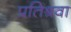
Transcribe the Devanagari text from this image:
प्रतिश्रवा